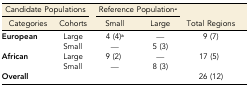
<table><thead><tr><td colspan="2"><b>Candidate Populations</b></td><td colspan="2"><b>Reference Population<i><sup>a</sup></i></b></td><td></td></tr><tr><td><b>Categories</b></td><td><b>Cohorts</b></td><td><b>Small</b></td><td><b>Large</b></td><td><b>Total Regions</b></td></tr></thead><tbody><tr><td rowspan="2"><b>European</b></td><td>Large</td><td>4 (4)<b><i><sup>b</sup></i></b></td><td>—</td><td rowspan="2">9 (7)</td></tr><tr><td>Small</td><td>—</td><td>5 (3)</td></tr><tr><td rowspan="2"><b>African</b></td><td>Large</td><td>9 (2)</td><td>—</td><td rowspan="2">17 (5)</td></tr><tr><td>Small</td><td>—</td><td>8 (3)</td></tr><tr><td><b>Overall</b></td><td></td><td></td><td></td><td>26 (12)</td></tr></tbody></table>